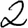
Digit: 2